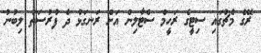
ރޭގެ މެޗުގައި ސިޓީގެ ރަހީމް ސްޓާލިން އަށް ރަނގަޅު ދެ ފުރުސަތު ލިބުނު